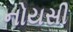
નોયસી